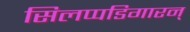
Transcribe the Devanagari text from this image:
सिलप्पडिगारन्